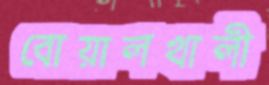
বোয়ালখালী